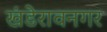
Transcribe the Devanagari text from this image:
खंडेरावनगर